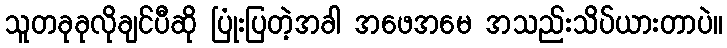
သူတခုခုလိုချင်ပီဆို ပြုံးပြတဲ့အခါ အဖေအမေ အသည်းသိပ်ယားတာပဲ။